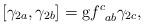
LaTeX: \begin{align*}\left[ \gamma _{2a},\gamma _{2b}\right] =\mathrm{g}f_{\;\;ab}^{c}\gamma_{2c}, \end{align*}